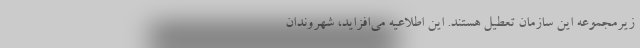
زیرمجموعه این سازمان تعطیل هستند. این اطلاعیه می‌افزاید، شهروندان